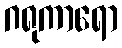
ဂရုကာရော